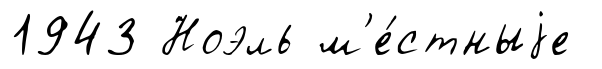
1943 Ноэль м'е́стныjе